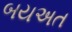
બયઅત